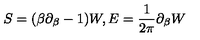
S = ( \beta \partial _ { \beta } - 1 ) W , E = { \frac { 1 } { 2 \pi } } \partial _ { \beta } W